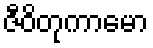
ဇီဝိတုကာမော